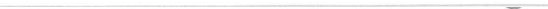
___